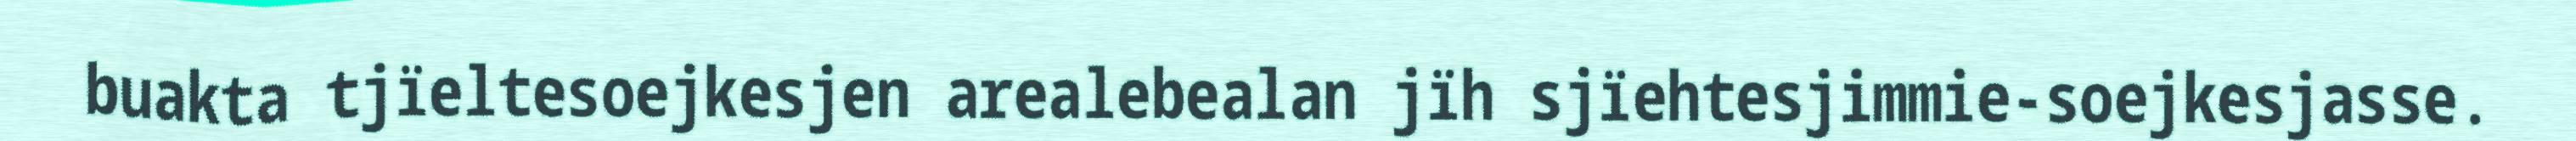
buakta tjïeltesoejkesjen arealebealan jïh sjïehtesjimmie-soejkesjasse.